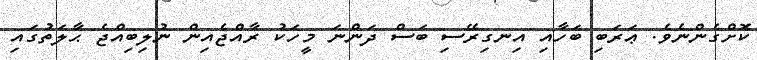
ކޮށްގެންނެވެ. ޢަރަބި ބަހާއި އިނގިރޭސި ބަސް ދަންނަ މީހަކު ރާއްޖެއިން ނުލިބިއްޖެ ޙާލަތުގައި